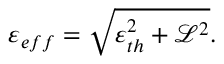
\varepsilon _ { e f f } = \sqrt { \varepsilon _ { t h } ^ { 2 } + \mathcal { L } ^ { 2 } } .